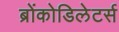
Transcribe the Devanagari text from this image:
ब्रोंकोडिलेटर्स